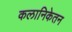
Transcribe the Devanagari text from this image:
कलानिकेतन